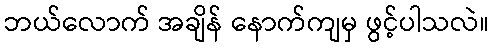
ဘယ်လောက် အချိန် နောက်ကျမှ ဖွင့်ပါသလဲ။